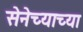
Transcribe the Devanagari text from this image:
सेनेच्याच्या